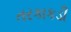
તરકાકડી